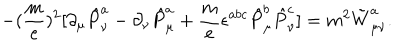
- ( \frac { m } { e } ) ^ { 2 } [ \partial _ { \mu } \hat { P } _ { \nu } ^ { a } - \partial _ { \nu } \hat { P } _ { \mu } ^ { a } + \frac { m } { e } \epsilon ^ { a b c } \hat { P } _ { \mu } ^ { b } \hat { P } _ { \nu } ^ { c } ] = m ^ { 2 } \tilde { W } _ { \mu \nu } ^ { a } .